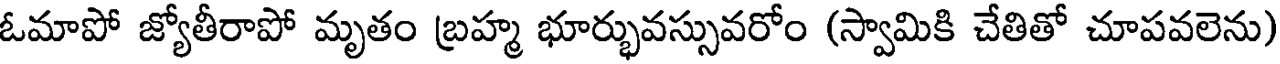
ఓమాపో జ్యోతీరాపో మృతం బ్రహ్మ భూర్భువస్సువరోం (స్వామికి చేతితో చూపవలెను)